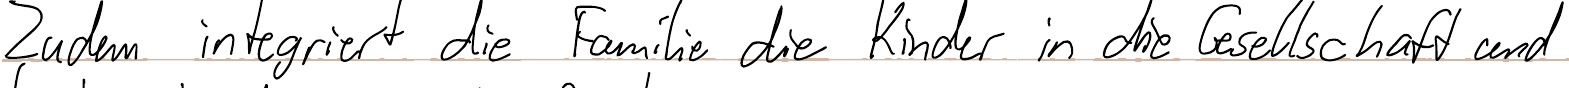
Zudem integriert die Familie die Kinder in die Gesellschaft und